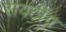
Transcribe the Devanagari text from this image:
रायटींग